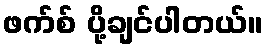
ဖက်စ် ပို့ချင်ပါတယ်။